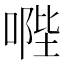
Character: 𠹯